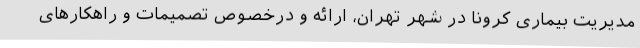
مدیریت بیماری کرونا در شهر تهران، ارائه و درخصوص تصمیمات و راهکارهای